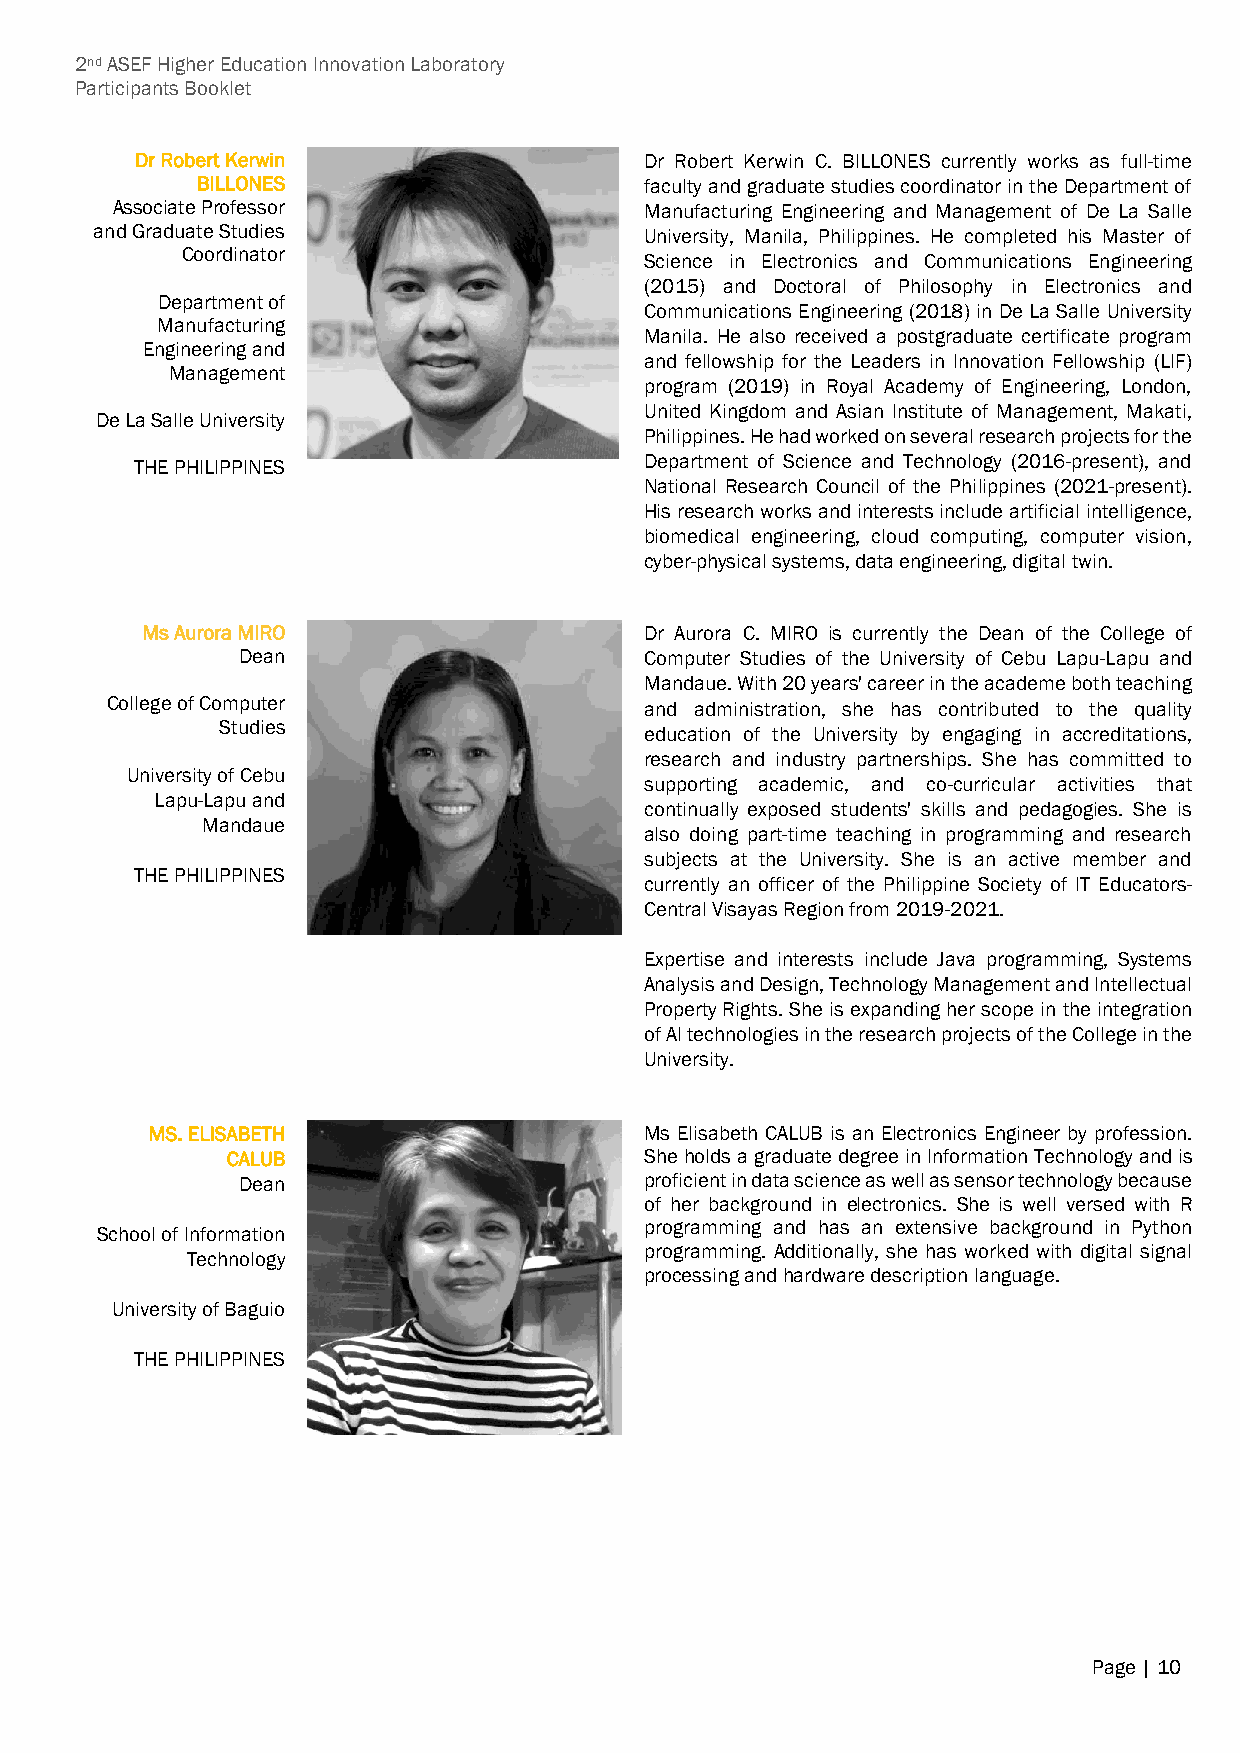
2nd ASEF Higher Education Innovation Laboratory
 Participants Booklet
 Dr Robert Kerwin                  Dr Robert Kerwin C. BILLONES currently works as full-time
 BILLONES                      faculty and graduate studies coordinator in the Department of
 Associate Professor                 Manufacturing Engineering and Management of De La Salle
 and Graduate Studies                 University, Manila, Philippines. He completed his Master of
 Coordinator
 Science in Electronics and Communications Engineering
 (2015) and Doctoral of Philosophy in Electronics and
 Department of
 Communications Engineering (2018) in De La Salle University
 Manufacturing
 Manila. He also received a postgraduate certificate program
 Engineering and
 and fellowship for the Leaders in Innovation Fellowship (LIF)
 Management
 program (2019) in Royal Academy of Engineering, London,
 United Kingdom and Asian Institute of Management, Makati,
 De La Salle University
 Philippines. He had worked on several research projects for the
 THE PHILIPPINES                   Department of Science and Technology (2016-present), and
 National Research Council of the Philippines (2021-present).
 His research works and interests include artificial intelligence,
 biomedical engineering, cloud computing, computer vision,
 cyber-physical systems, data engineering, digital twin.
 Ms Aurora MIRO                    Dr Aurora C. MIRO is currently the Dean of the College of
 Dean                       Computer Studies of the University of Cebu Lapu-Lapu and
 Mandaue. With 20 years' career in the academe both teaching
 College of Computer                 and administration, she has contributed to the quality
 Studies
 education of the University by engaging in accreditations,
 research and industry partnerships. She has committed to
 University of Cebu
 supporting academic, and co-curricular activities that
 Lapu-Lapu and
 continually exposed students' skills and pedagogies. She is
 Mandaue
 also doing part-time teaching in programming and research
 subjects at the University. She is an active member and
 THE PHILIPPINES
 currently an officer of the Philippine Society of IT Educators-
 Central Visayas Region from 2019-2021.
 Expertise and interests include Java programming, Systems
 Analysis and Design, Technology Management and Intellectual
 Property Rights. She is expanding her scope in the integration
 of AI technologies in the research projects of the College in the
 University.
 MS. ELISABETH                    Ms Elisabeth CALUB is an Electronics Engineer by profession.
 CALUB                       She holds a graduate degree in Information Technology and is
 Dean                       proficient in data science as well as sensor technology because
 of her background in electronics. She is well versed with R
 programming and has an extensive background in Python
 School of Information
 programming. Additionally, she has worked with digital signal
 Technology
 processing and hardware description language.
 University of Baguio
 THE PHILIPPINES
 Page | 10